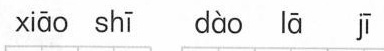
xiāo shī dào lā jī